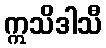
ဣသိဒါသီ